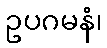
ဥပဂမနံ၊